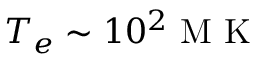
T _ { e } \sim 1 0 ^ { 2 } \mathrm { ~ M ~ K ~ }